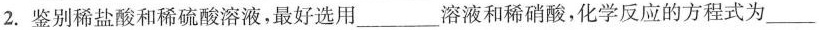
2. 鉴别稀盐酸和稀硫酸溶液，最好选用___溶液和稀硝酸，化学反应的方程式为___，